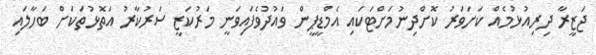
ޖަޒީރާ ދިރިއުޅުމެއް ކަށަވަރު ކޮށްދިނުމަށްޓަކައި އެމްޑީޕީން ވައުދުވެފައިވަނީ މަރުކަޒީ ސަރުކާރު އަތޮޅުތަކަށް ބަހާލައި